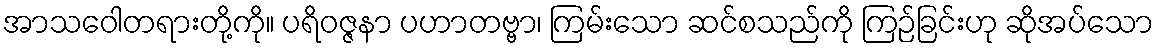
အာသဝေါတရားတို့ကို။ ပရိဝဇ္ဇနာ ပဟာတဗ္ဗာ၊ ကြမ်းသော ဆင်စသည်ကို ကြဉ်ခြင်းဟု ဆိုအပ်သော